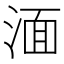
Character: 湎